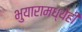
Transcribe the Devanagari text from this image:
भुयारामध्येही